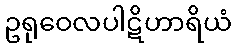
ဥရုဝေလပါဋိဟာရိယံ